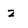
Character: z